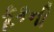
કૂકની